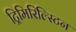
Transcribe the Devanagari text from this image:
ट्रिमिरिल्स्टिन